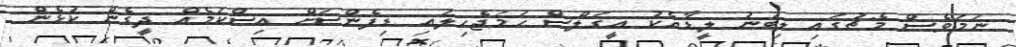
ނަމަވެސް މެޗުގައި ލިބުނު ލީޑާއެކު އީގަލްސް ހަމަޖެހިލައި ޑިފެންސަށް އިސްކަމެއް ދީގެން ކުޅެން